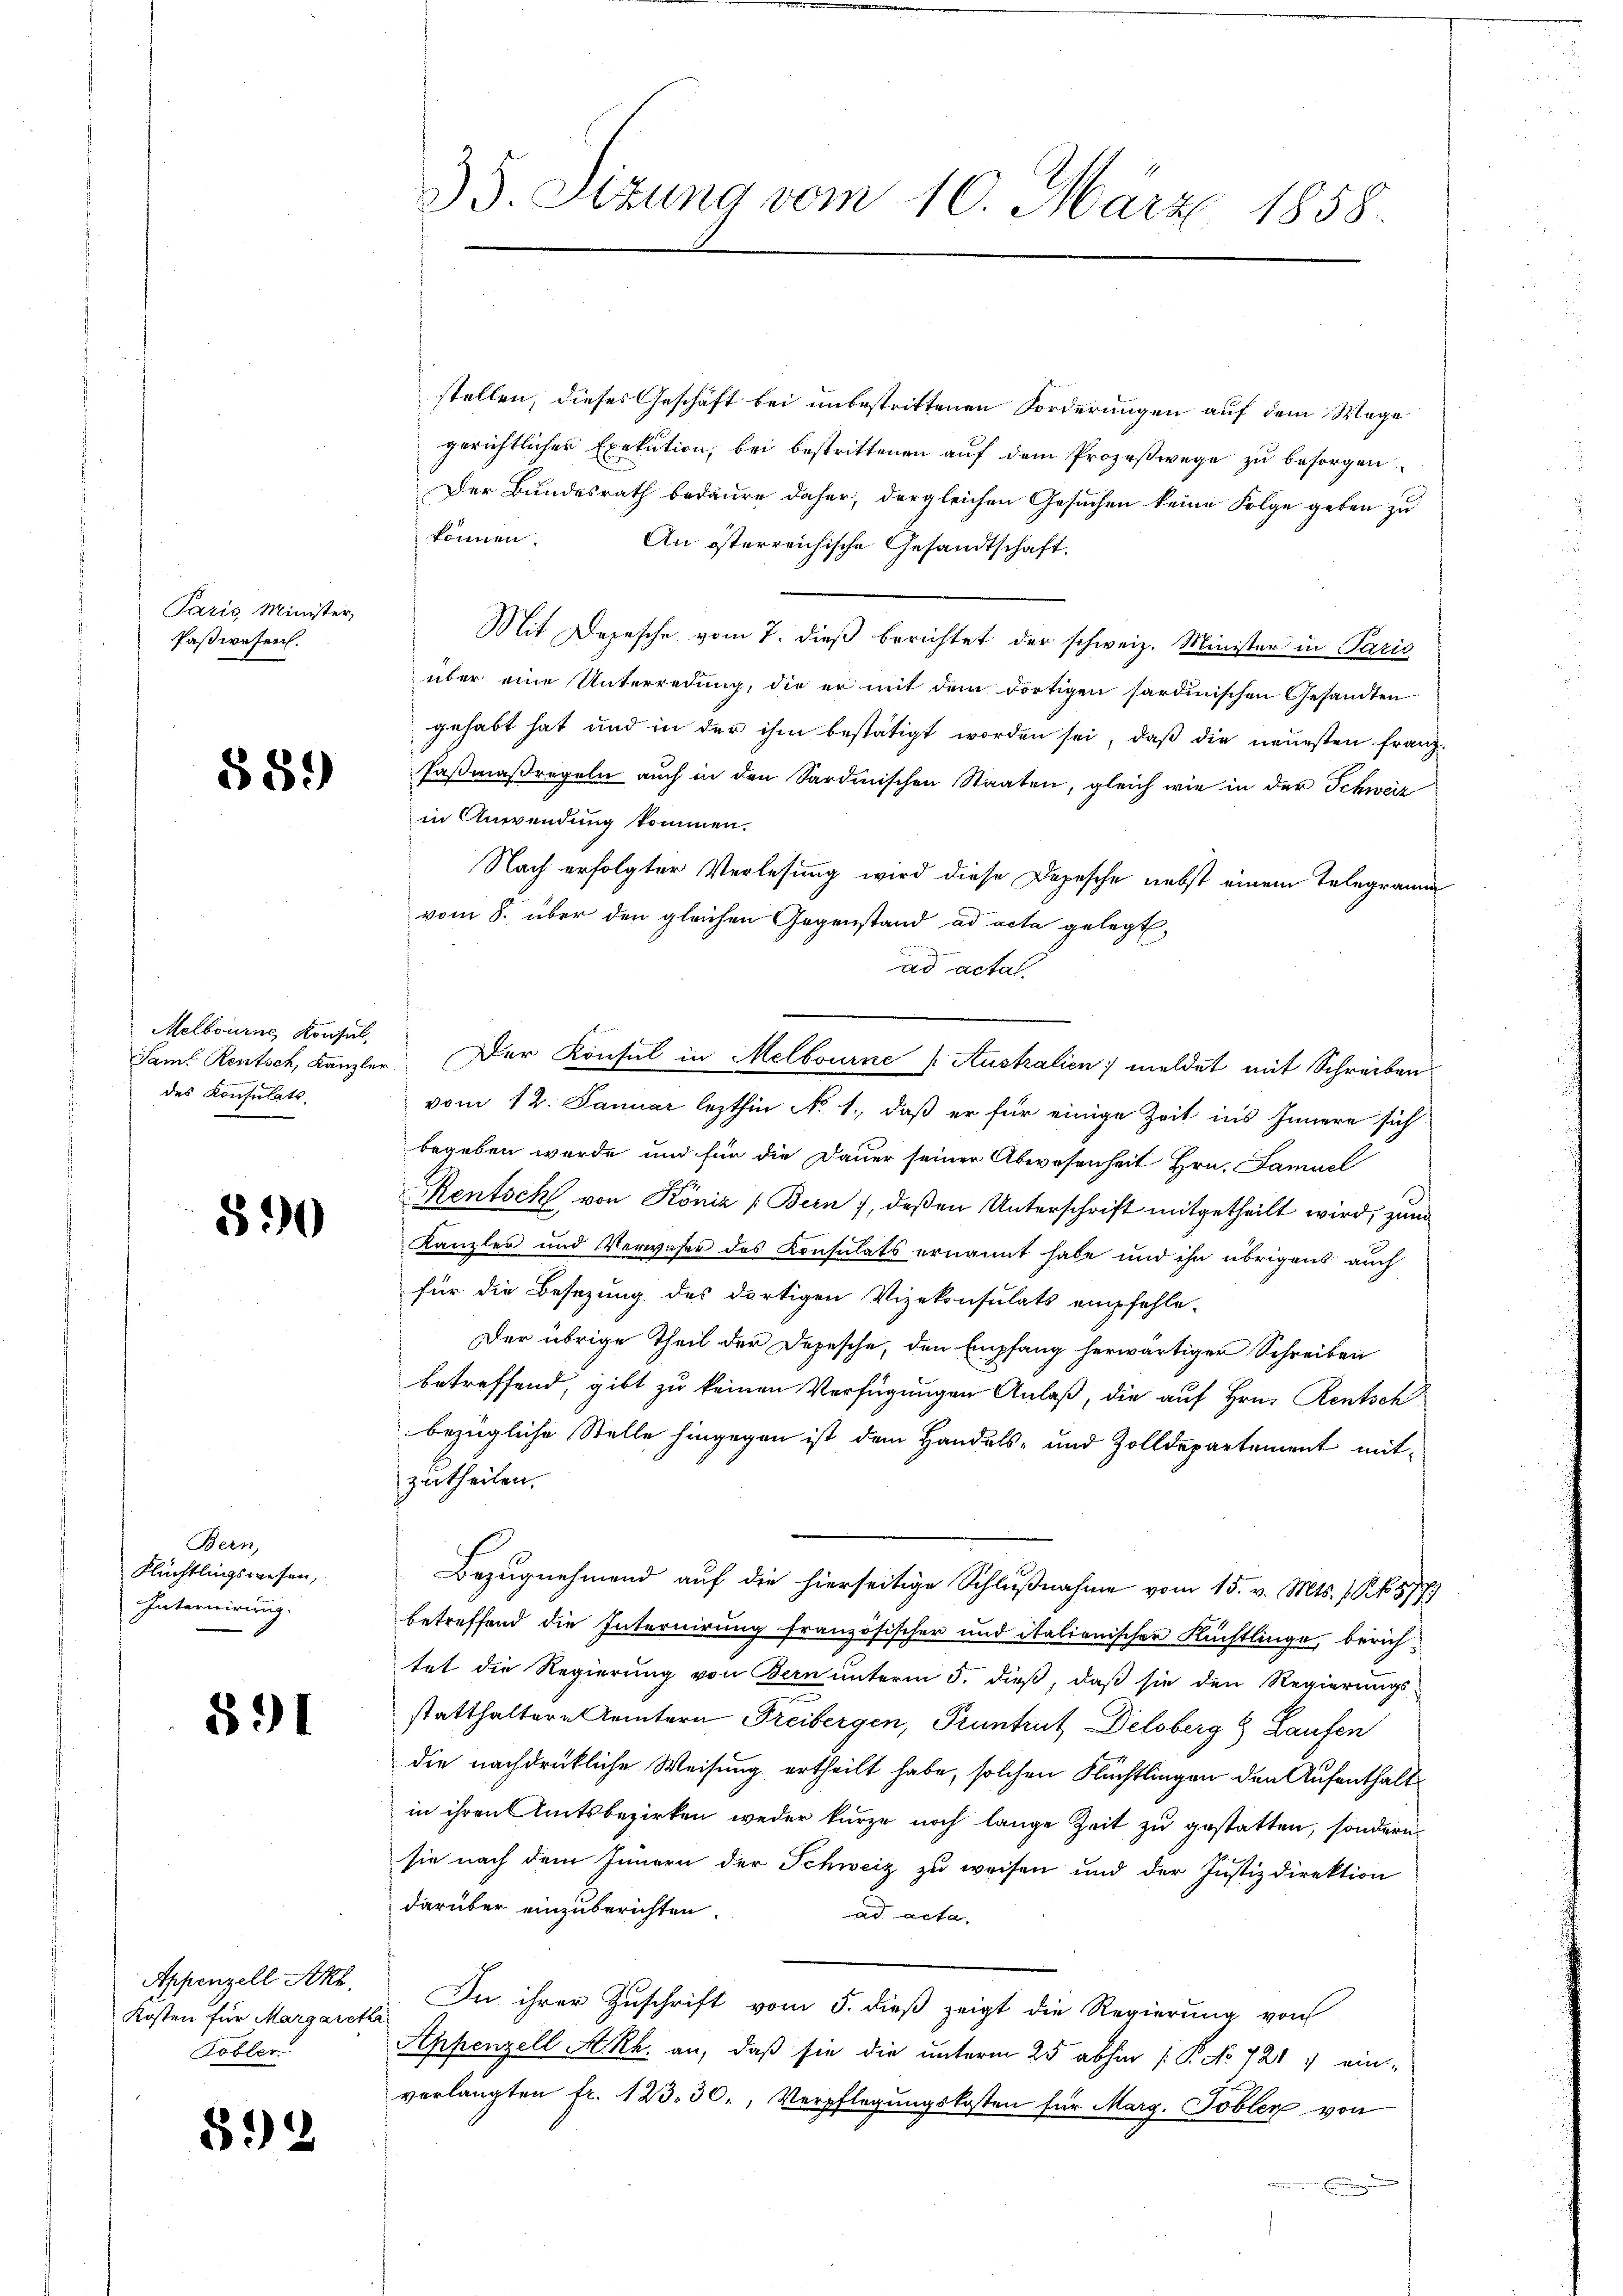
Paris Minister,
Paßwesen.

§89)

Melbourne Konsul
Samt Rentsch, Kanzler
des Konsulats

890

Bern,
Flüchtlingswesen,
Internirung.

591

Appenzell Akl
Kosten für Margareth
Tobler

892

35. Sizung vom 10. März 1858.

stellen, dieses Geschäft bei unbestrittenen Forderungen auf dem Wege
gerichtlicher Exekution, bei bestrittenen auf dem Prozeßwege zu besorgen
Der Bundesrath bedaure daher, dergleichen Gesuchen keine Folge geben zu
können.
An österreichische Gesandtschaft.
Mit Depesche vom 7. dieß berichtet der schweiz. Minister in Paris
über eine Unterredung, die er mit dem dortigen sardinischen Gesandten
gehabt hat und in der ihm bestätigt worden sei, daß die neuesten Franz¬
Faßmaßregeln auch in den Sardinischen Staaten, gleich wie in der Schweiz
in Anwendung kommen.
Nach erfolgter Verlesung wird diese Depesche nebst einem Telegramm
vom 8. über den gleichen Gegenstand ad acta gelegt,
.
ad actat
vom 12. Januar lezthin No. 1., daß er für einige Zeit ins Innere sich
begeben wurde und für die Dauer seiner Abwesenheit Hrn. Famuel
Rentsch von Köniz (Bern), deßen Unterschrift mitgetheilt wird, zum
Kanzler und Verweser des Konsulats ernannt habe und ihn übrigens auch
für die Besezung des dortigen Vizekonsulats empfehle-
Der übrige Theil der Depesche, den Empfang herwärtiger Schreiben
betreffend, gibt zu keinen Verfügungen Anlaß, die auf Hrn. Rentsch
bezügliche Stelle hingegen ist dem Handels- und Zolldepartement mitzutheilen.
Bezugnehmend auf die hierseitige Schlußnahme vom 15. v. Mts. f. Kk. 5777
betreffend die Internirung französischer und italionischer Flüchtlinge, berichtet die Regierung von Bern unterm 5. dieß, daß sie den Regierungs-
statthaltern Aemtern Freibergen, Pruntrut Delsberg 8 Laufen
die nachdrükliche Weisung ertheilt habe, solchen Flüchtlingen den Aufenthaltin ihren Amtsbezirken weder kurze noch lange Zeit zu gestatten, sondern
sie nach dem Innern der Schweiz zu weisen und der Justizdirektion
darüber einzuberichten.
ad acta.
In ihrer Zuschrift vom 5. dieß zeigt die Regierung von
Appenzell A.Rh. an, daß sie die unterm 25 abhin (: P. No 721. ein-
verlangten fr. 123,30., Verpflegungskosten für Marg. Tobler von

Der Konsul in Melbourne „Australien; meldet mit Schreiben